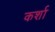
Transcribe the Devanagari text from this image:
कर्शा